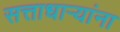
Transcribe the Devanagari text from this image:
सत्ताधाऱ्यांना